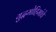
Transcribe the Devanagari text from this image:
युद्धमोहिमांचे